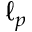
\ell _ { p }